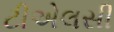
ટીએલસી